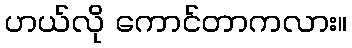
ဟယ်လို ကောင်တာကလား။